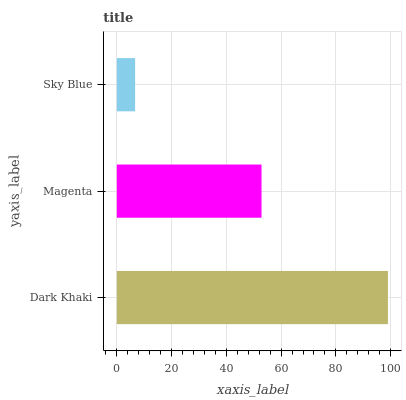
| yaxis_label | bars |
 | --- | --- |
 | Dark Khaki | 99 |
 | Magenta | 52.8 |
 | Sky Blue | 6.68 |